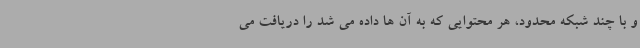
و با چند شبکه محدود، هر محتوایی که به آن ها داده می شد را دریافت می